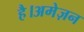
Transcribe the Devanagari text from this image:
है।अमेज़न